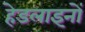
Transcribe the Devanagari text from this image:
हेडलाइनों